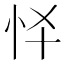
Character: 𢗛